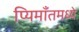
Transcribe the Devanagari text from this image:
प्यिमाँतमध्ये